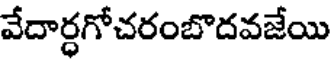
వేదార్ధగోచరంబొదవజేయి